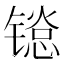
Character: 𬭱